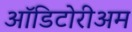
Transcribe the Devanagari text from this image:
ऑडिटोरीअम